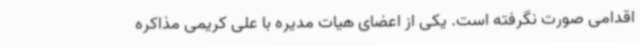
اقدامی صورت نگرفته است. یکی از اعضای هیات مدیره با علی کریمی مذاکره